Civil Veterinary Department Bihar reports 1936-40 - 1936-1940
Year: 1936
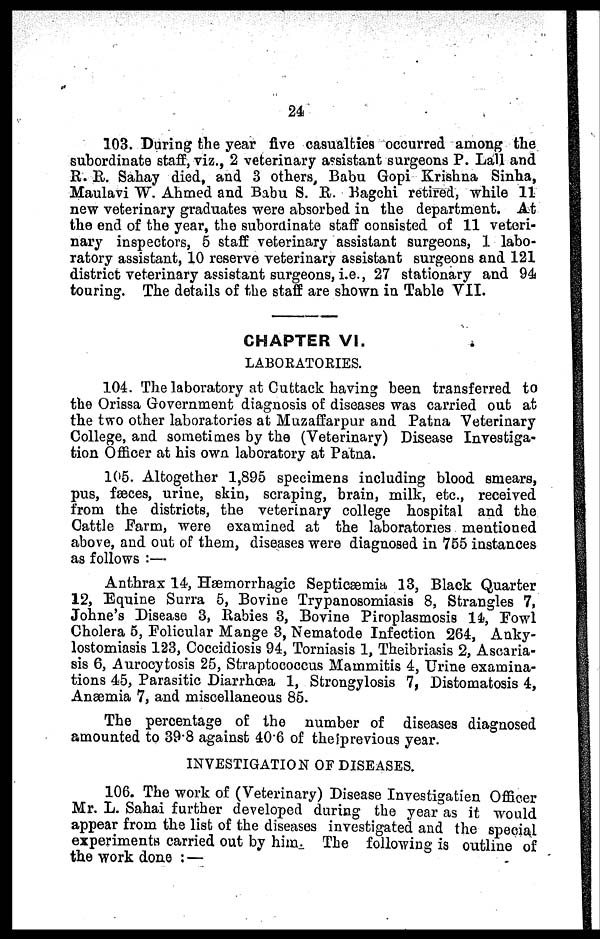
24
103. During the year five casualties occurred among the
subordinate staff, viz., 2 veterinary assistant surgeons P. Lall and
R. R. Sahay died, and 3 others, Babu Gopi Krishna Sinha,
Maulavi W. Ahmed and Babu S. R. Bagchi retired, while 11
new veterinary graduates were absorbed in the department. At
the end of the year, the subordinate staff consisted of 11 veteri-
nary inspectors, 5 staff veterinary assistant surgeons, 1 labo-
ratory assistant, 10 reserve veterinary assistant surgeons and 121
district veterinary assistant surgeons, i.e., 27 stationary and 94
touring. The details of the staff are shown in Table VII.
CHAPTER VI.
LABORATORIES.
104. The laboratory at Cuttack having been transferred to
the Orissa Government diagnosis of diseases was carried out at
the two other laboratories at Muzaffarpur and Patna Veterinary
College, and sometimes by the (Veterinary) Disease Investiga-
tion Officer at his own laboratory at Patna.
105. Altogether 1,895 specimens including blood smears,
pus, fæces, urine, skin, scraping, brain, milk, etc., received
from the districts, the veterinary college hospital and the
Cattle Farm, were examined at the laboratories mentioned
above, and out of them, diseases were diagnosed in 755 instances
as follows :—
Anthrax 14, Hæmorrhagic Septicæmia 13, Black Quarter
12, Equine Surra 5, Bovine Trypanosomiasis 8, Strangles 7,
Johne's Disease 3, Rabies 3, Bovine Piroplasmosis 14, Fowl
Cholera 5, Folicular Mange 3, Nematode Infection 264, Anky-
lostomiasis 123, Coccidiosis 94, Torniasis 1, Theibriasis 2, Ascaria-
sis 6, Aurocytosis 25, Straptococcus Mammitis 4, Urine examina-
tions 45, Parasitic Diarrhœa 1, Strongylosis 7, Distomatosis 4,
Anæmia 7, and miscellaneous 85.
The percentage of the number of diseases diagnosed
amounted to 398 against 40.6 of the previous year.
INVESTIGATION OF DISEASES.
106. The work of (Veterinary) Disease Investigation Officer
Mr. L. Sahai further developed during the year as it would
appear from the list of the diseases investigated and the special
experiments carried out by him. The following is outline of
the work done : —